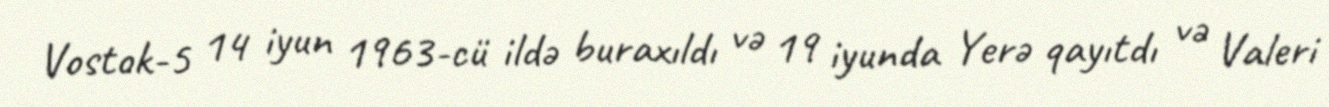
Vostok-5 14 iyun 1963-cü ildə buraxıldı və 19 iyunda Yerə qayıtdı və Valeri